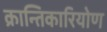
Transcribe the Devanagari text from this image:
क्रान्तिकारियोण